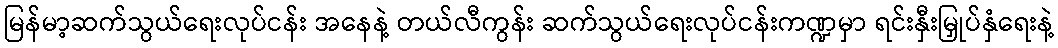
မြန်မာ့ဆက်သွယ်ရေးလုပ်ငန်း အနေနဲ့ တယ်လီကွန်း ဆက်သွယ်ရေးလုပ်ငန်းကဏ္ဍမှာ ရင်းနှီးမြှုပ်နှံရေးနဲ့